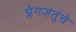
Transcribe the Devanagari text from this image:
प्लेगजंतूंचे